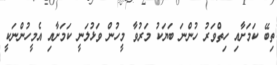
ތިބޭ ކަމަށާއި ހިތްވަރު ހުންނަ ބަޔަކު މަރުވާ މީހުން ވަޅުލަނީ ކަމަށާއި އެމީހުންނަކީ